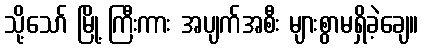
သို့သော် မြို့ ကြီးကား အပျက်အစီး များစွာမရှိခဲ့ချေ။